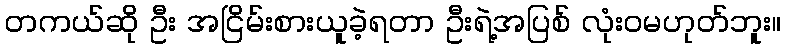
တကယ်ဆို ဦး အငြိမ်းစားယူခဲ့ရတာ ဦးရဲ့အပြစ် လုံးဝမဟုတ်ဘူး။